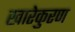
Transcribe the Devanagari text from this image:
खारेकुरण